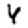
Digit: 4